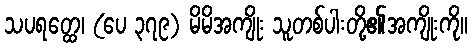
သပရတ္ထေ၊ (ပေ ၃၇၉) မိမိအကျိုး သူတစ်ပါးတို့၏အကျိုးကို။